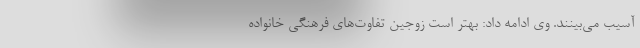
آسیب می‌بینند. وی ادامه داد: بهتر است زوجین تفاوت‌های فرهنگی خانواده